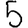
Digit: 5